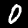
Digit: 0